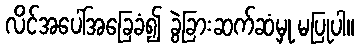
လိင်အပေါ်အခြေခံ၍ ခွဲခြားဆက်ဆံမှု မပြုပါ။